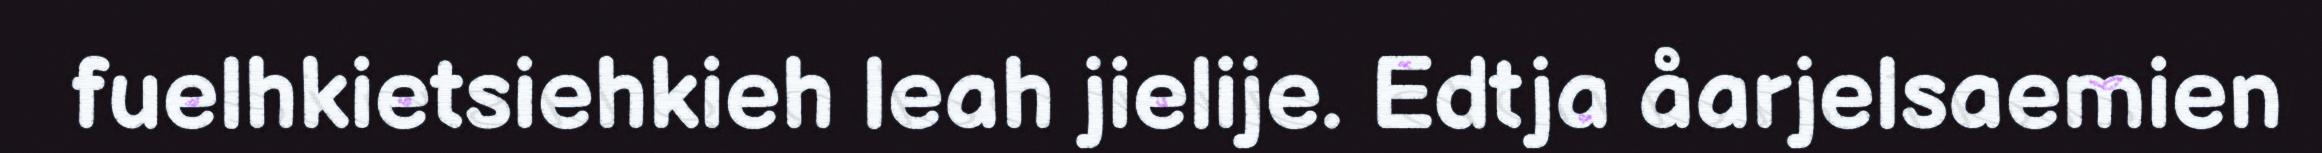
fuelhkietsiehkieh leah jielije. Edtja åarjelsaemien